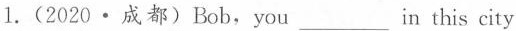
1.(2020·成都)Bob,you___ in this city